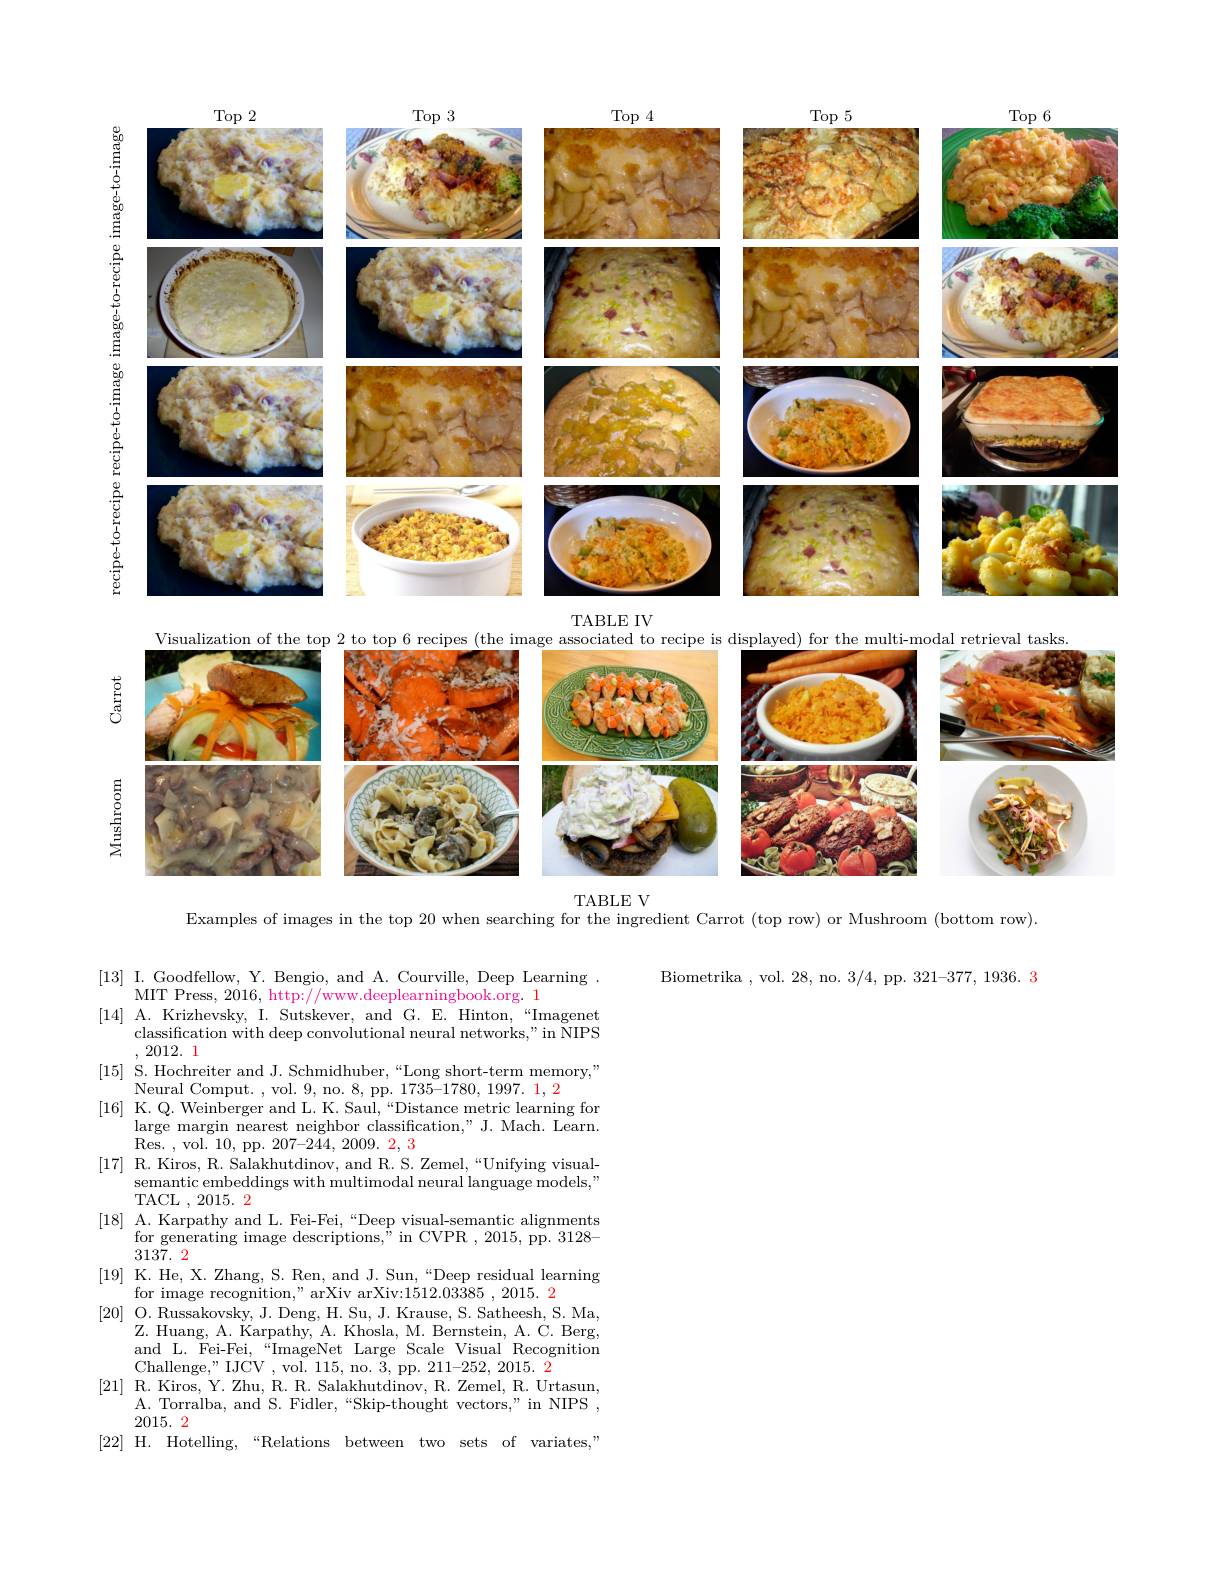
<FigureHere>
TABLE IV

Visualization of the top 2 to top 6 recipes (the image associated to recipe is displayed) for the multi-modal retrieval tasks
<FigureHere>

TABLE V

Examples of images in the top 20 when searching for the ingredient Carrot (top row) or Mushroom (bottom row).

Biometrika , vol. 28, no. 3/4, pp. 321-377, 1936. 3

[13] I.Goodfellow, Y. Bengio, and A. Courville, Deep Learning
MIT Press, 2016, http://www.deeplearningbook.org. 1
[14] A. Krizhevsky, I. Sutskever, and G. E. Hinton,“Imagenet
classification with deep convolutional neural networks," in NIPS
, 2012. 1
[15] S. Hochreiter and J. Schmidhuber,“Long short-term memory,”
Neural Comput. , vol. 9,no. 8, pp. 1735-1780, 1997. 1, 2
[16] K.Q. Weinberger and L. K. Saul,“Distance metric learning for
large margin nearest neighbor classification," J. Mach. Learn.
Res. , vol. 10, pp. 207- 244, 2009. 2, 3
[17] R. Kiros, R. Salakhutdinov, and R. S. Zemel,“Unifying visual-
semantic embeddings with multimodal neural language models,"
TACL , 2015. 2
[18] A. Karpathy and L. Fei-Fei,“Deep visual-semantic alignments
$\hat{\text{for generating image descriptions, " in CVPR }} , 2015$, pp. 3128-
3137.2
[19] K. He, X. Zhang, S. Ren, and J. Sun,“Deep residual learning
for image recognition," arXiv arXiv:1512.03385 , 2015. 2
[20] O. Russakovsky, J. Deng, H. Su, J. Krause, S. Satheesh, S. Ma,
Z. Huang, A. Karpathy, A. Khosla, M. Bernstein, A. C. Berg, and L. Fei-Fei,“ImageNet Large'Scale Visual'Recognition Challenge," IJCV ,vol. 115, no. 3, pp. 211-252, 2015. 2
$[21]{\mathrm{~R.~Kiros,~Y.~Zhu,~R.~R.~Salakhutdinov,~R.~Zemel,~R.~Urtasun,}}$
A. Torralba, and S. Fidler,“Skip-thought vectors,”in NIPS ,
2015.2
[22] H. Hotelling,“Relations between two sets of variates,"